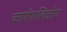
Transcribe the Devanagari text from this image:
कार्यपालिकीय